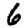
Digit: 6